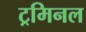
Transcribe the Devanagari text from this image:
ट्रमिनल